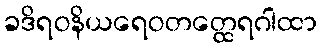
ခဒိရဝနိယရေဝတတ္ထေရဂါထာ